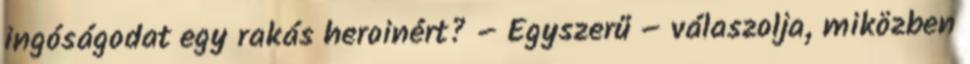
ingóságodat egy rakás heroinért? – Egyszerű – válaszolja, miközben